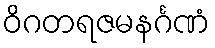
ဝိဂတရဇမနင်္ဂဏံ